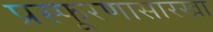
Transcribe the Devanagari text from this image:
प्रस्फूरणासारखा